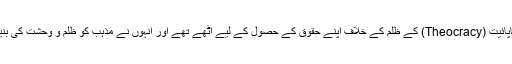
ایک طرف تو مغربی عوام پاپائیت (Theocracy) کے ظلم کے خلاف اپنے حقوق کے حصول کے لیے اٹھے تھے اور انہوں نے مذہب کو ظلم و وحشت کی بنیاد قرار دے کر ردکردیا تھا۔